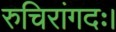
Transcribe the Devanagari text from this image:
रुचिरांगदः।